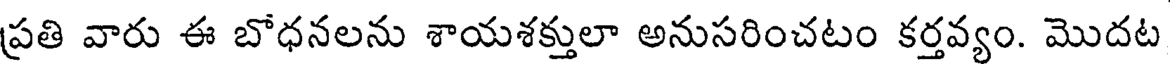
ప్రతి వారు ఈ బోధనలను శాయశక్తులా అనుసరించటం కర్తవ్యం. మొదట